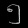
Digit: ၅